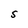
Character: S